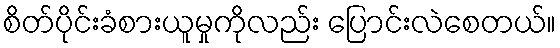
စိတ်ပိုင်းခံစားယူမှုကိုလည်း ပြောင်းလဲစေတယ်။